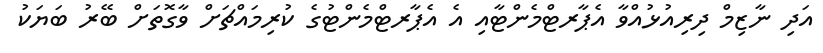
އަދި ނާޒިމް ދިރިއުޅުއްވާ އެޕާރޓްމެންޓާއި އެ އެޕާރޓްމެންޓުގެ ކުރިމައްޗަށް ވާގޮތަށް ބޭރު ބަޔަކު